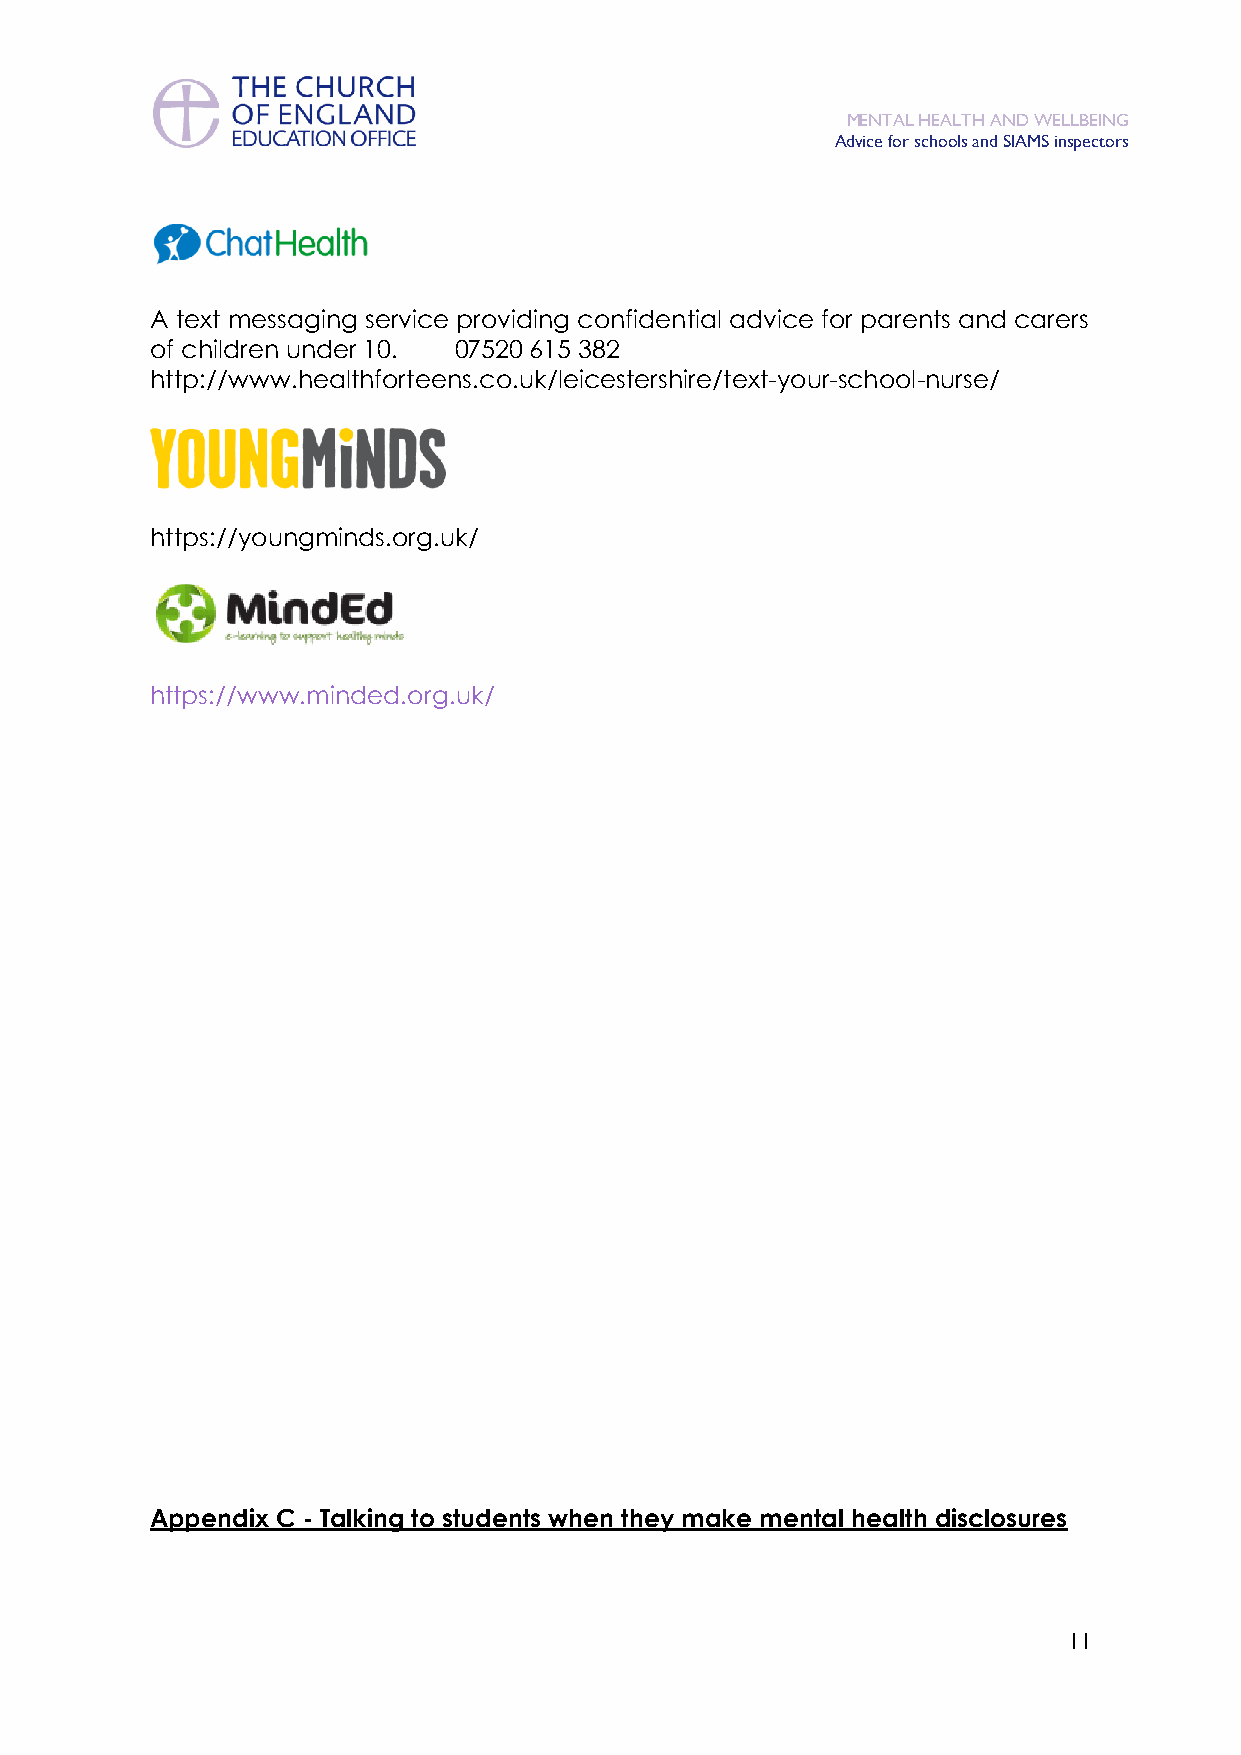
MENTAL HEALTH AND WELLBEING
 Advice for schools and SIAMS inspectors
 A text messaging service providing confidential advice for parents and carers
 of children under 10. 07520 615 382
 http://www.healthforteens.co.uk/leicestershire/text-your-school-nurse/
 https://youngminds.org.uk/
 https://www.minded.org.uk/
 Appendix C - Talking to students when they make mental health disclosures
 11